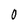
Character: 0